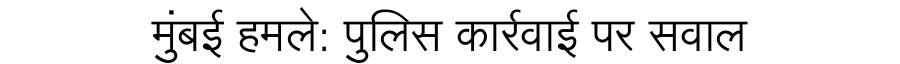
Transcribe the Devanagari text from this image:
मुंबई हमले: पुलिस कार्रवाई पर सवाल